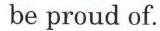
be proud of.